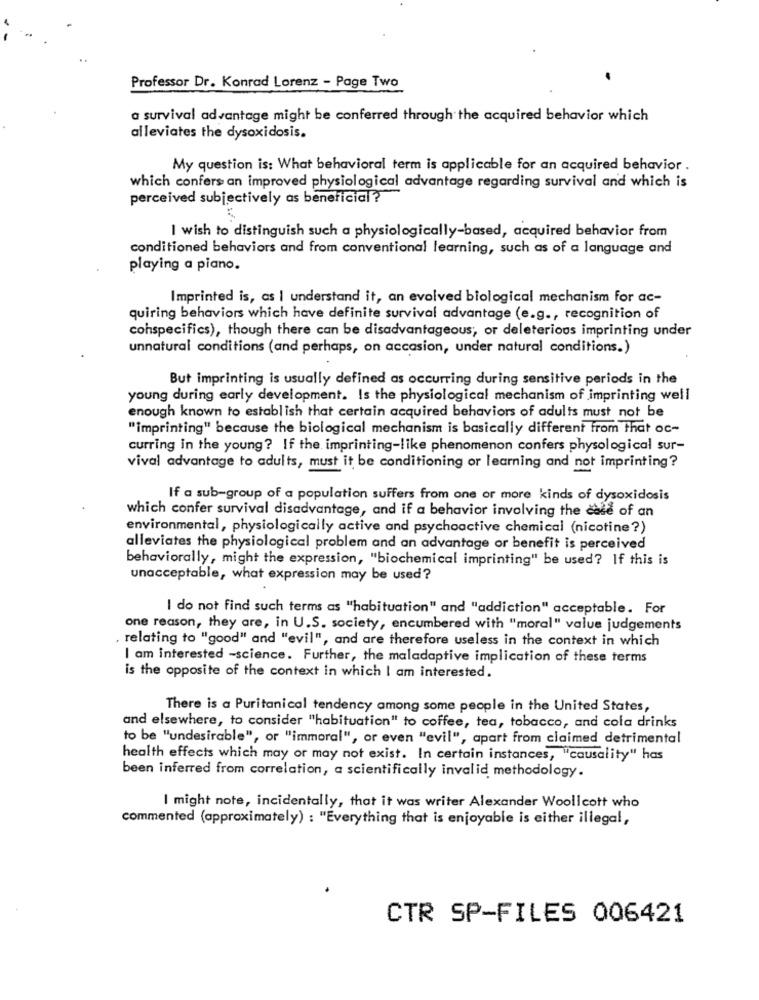
Professor Dr. Konrad Lorenz - Page Two
a survival advantage might be conferred through the acquired behavior which
alleviates the dysoxidosis.
My question is: What behavioral term is applicable for an acquired behavior .
which confers an improved physiological advantage regarding survival and which is
perceived subjectively as beneficial?
I wish to distinguish such a physiologically-based, acquired behavior from
conditioned behaviors and from conventional learning, such as of a language and
playing a piano.
Imprinted is, as I understand it, an evolved biological mechanism for ac-
quiring behaviors which have definite survival advantage (e.g ., recognition of
cohspecifics), though there can be disadvantageous, or deleterious imprinting under
unnatural conditions (and perhaps, on accasion, under natural conditions.)
But imprinting is usually defined as occurring during sensitive periods in the
young during early development. Is the physiological mechanism of imprinting well
enough known to establish that certain acquired behaviors of adults must not be
"imprinting" because the biological mechanism is basically different from that oc-
curring in the young? If the imprinting-like phenomenon confers physological sur-
vival advantage to adults, must it be conditioning or learning and not imprinting?
If a sub-group of a population suffers from one or more kinds of dysoxidosis
which confer survival disadvantage, and if a behavior involving the case of an
environmental, physiologically active and psychoactive chemical (nicotine?)
alleviates the physiological problem and an advantage or benefit is perceived
behaviorally, might the expression, "biochemical imprinting" be used? If this is
unacceptable, what expression may be used?
I do not find such terms as "habituation" and "addiction" acceptable. For
one reason, they are, in U.S. society, encumbered with "moral" value judgements
. relating to "good" and "evil", and are therefore useless in the context in which
I am interested -science. Further, the maladaptive implication of these terms
is the opposite of the context in which I am interested.
There is a Puritanical tendency among some people in the United States,
and elsewhere, to consider "habituation" to coffee, tea, tobacco, and cola drinks
to be "undesirable", or "immoral", or even "evil", apart from claimed detrimental
health effects which may or may not exist. In certain instances, "causality" has
been inferred from correlation, a scientifically invalid methodology.
I might note, incidentally, that it was writer Alexander Woollcott who
commented (approximately) : "Everything that is enjoyable is either illegal,
CTR SP-FILES 006421